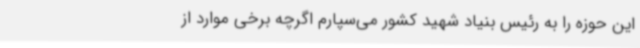
این حوزه را به رئیس بنیاد شهید کشور می‌سپارم اگرچه برخی موارد از